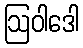
ဩဝါဒေါ